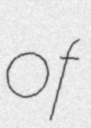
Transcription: of